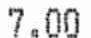
7.00